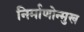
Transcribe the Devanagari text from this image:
निर्माणोन्मुख